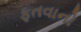
ફતવાનો